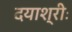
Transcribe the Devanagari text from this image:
दयाश्रीः